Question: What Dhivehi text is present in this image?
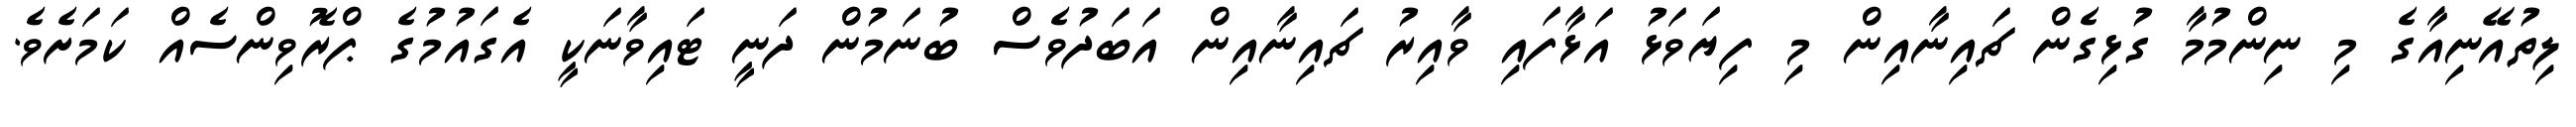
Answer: ލިތުއޭނިއާގެ މި ނިންމުމާ ގުޅިގެން ޗައިނާއިން މި ފިޔަވަޅު އަޅާފައި ވާއިރު ޗައިނާއިން އަބަދުވެސް ބުނަމުން ދަނީ ޓައިވާނަކީ އެގައުމުގެ ޕްރޮވިންސެއް ކަމަށެވެ.